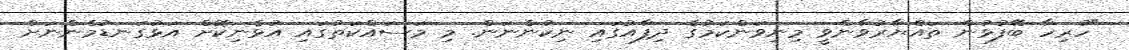
"ހުރިހާ ބޭފުޅުން ތައްޔާރުވާންވީ މިނިވަންކަމުގެ ދިފާއުގައި ނިކުންނަން. މި މަސައްކަތުގައި އުޅެނިކޮށް އަޅުގަނޑުމެންނަށް